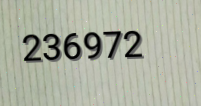
236972